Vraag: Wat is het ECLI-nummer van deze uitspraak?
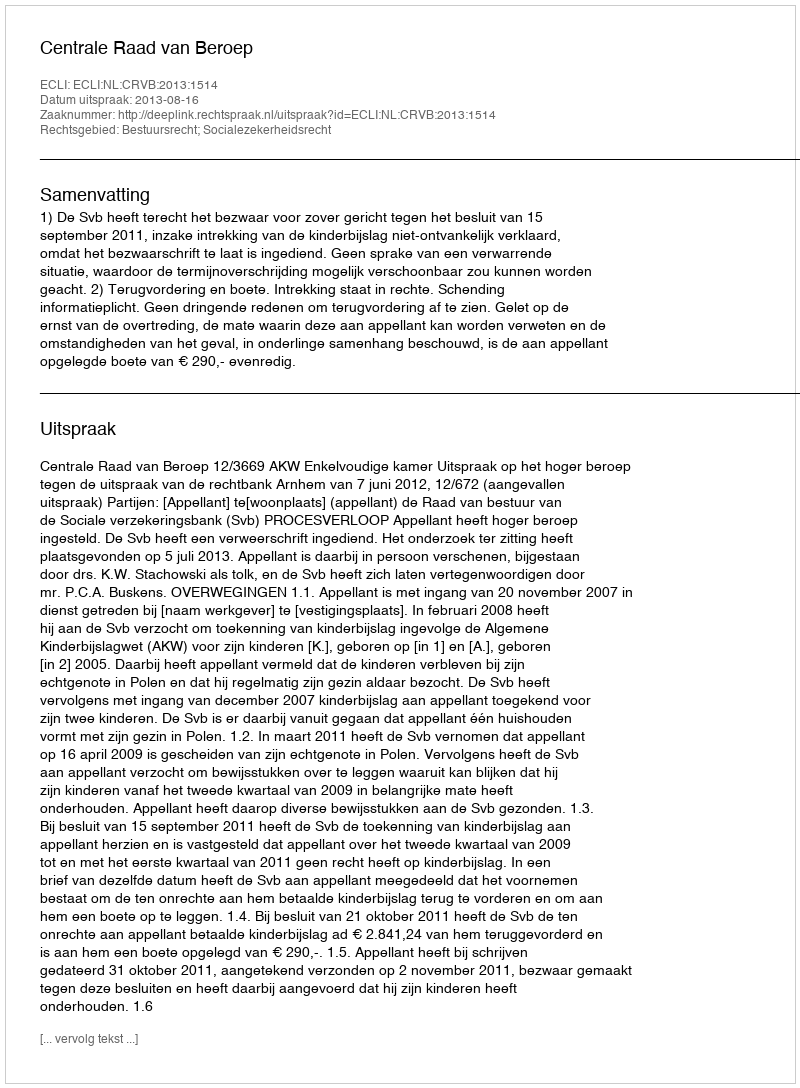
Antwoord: ECLI:NL:CRVB:2013:1514